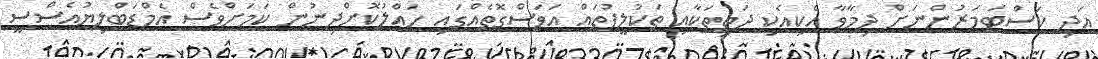
އަދި ކަސްޓަމަރުންނަށް ދިމާވާ އެކިއެކި ދަތިތަކާއި ތަކުލީފުތައް އަވަސްގޮތެއްގައި ހައްލުކޮށްދިނުން ކަމަށްވެސް އެމްޑަބްލިޔުއެސްސީ